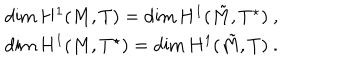
\begin{array} { c } { { \dim H ^ { 1 } ( M , T ) = \dim H ^ { 1 } ( \tilde { M } , T ^ { \star } ) ~ , } } \\ { { \dim H ^ { 1 } ( M , T ^ { \star } ) = \dim H ^ { 1 } ( \tilde { M } , T ) ~ . } } \\ \end{array}